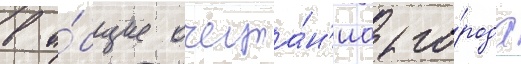
в о́бщие очерта́н'иа го́рода